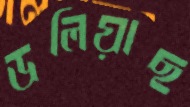
ডলিয়াছ